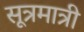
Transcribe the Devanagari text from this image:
सूत्रमात्री